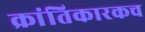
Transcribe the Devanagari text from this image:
क्रांतिकारकच